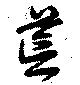
荒